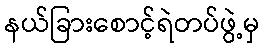
နယ်ခြားစောင့်ရဲတပ်ဖွဲ့မှ